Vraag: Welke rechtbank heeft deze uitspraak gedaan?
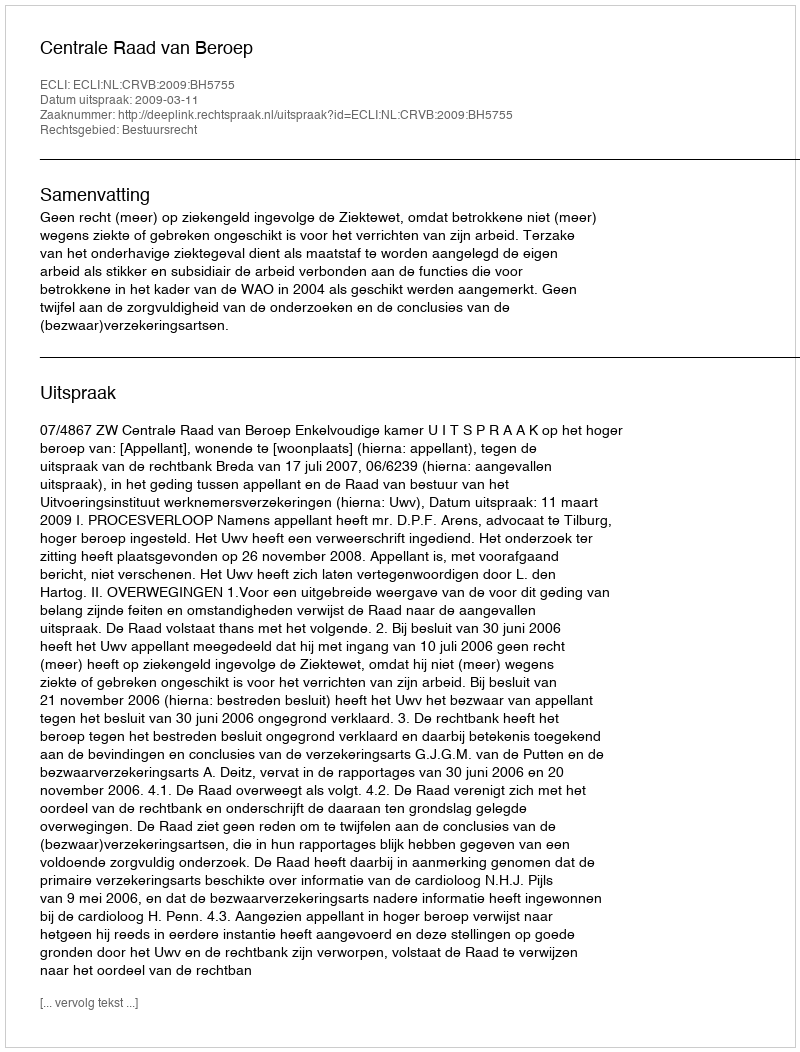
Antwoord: Centrale Raad van Beroep